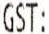
GST: